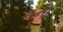
૯ના